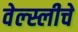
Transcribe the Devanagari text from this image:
वेल्स्लीचे